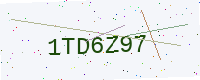
Text: 1TD6Z97